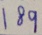
1 8 9